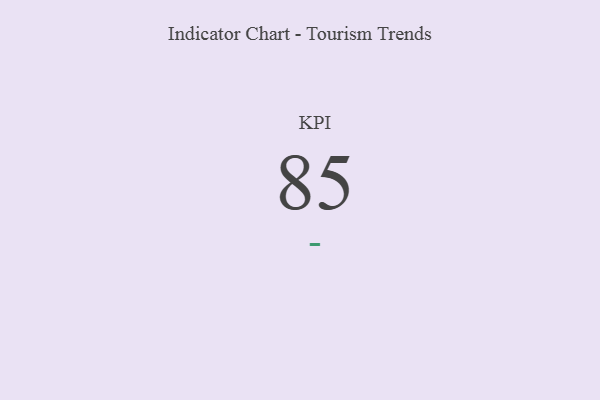
{"axis": {"x": "KPI", "y": "Value"}, "legend": [""], "data": [{"x": "KPI", "y": 85, "type": ""}]}